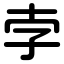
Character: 孛